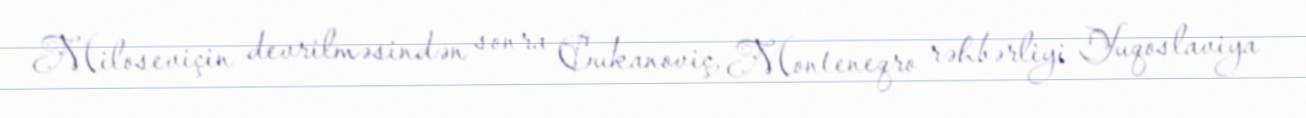
Miloseviçin devrilməsindən sonra Cukanoviç, Monteneqro rəhbərliyi Yuqoslaviya